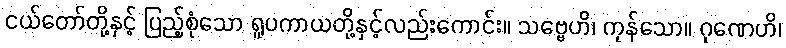
ငယ်တော်တို့နှင့် ပြည့်စုံသော ရူပကာယတို့နှင့်လည်းကောင်း။ သဗ္ဗေဟိ၊ ကုန်သော။ ဂုဏေဟိ၊